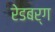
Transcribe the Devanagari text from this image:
रेडबर्ग